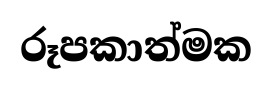
රූපකාත්මක